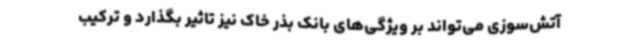
آتش‌سوزی می‌تواند بر ویژگی‌های بانک بذر خاک نیز تاثیر بگذارد و ترکیب